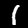
Digit: 1